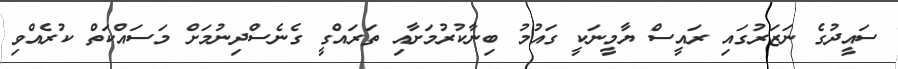
ސައީދުގެ ނަޒަރުގައި ރައީސް ޔާމީނަކީ ގައުމު ބިނާކުރުމަށާއި ތަރައްގީ ގެނެސްދިނުމަށް މަސައްކަތް ކުރެއްވި